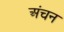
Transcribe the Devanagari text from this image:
अंचन